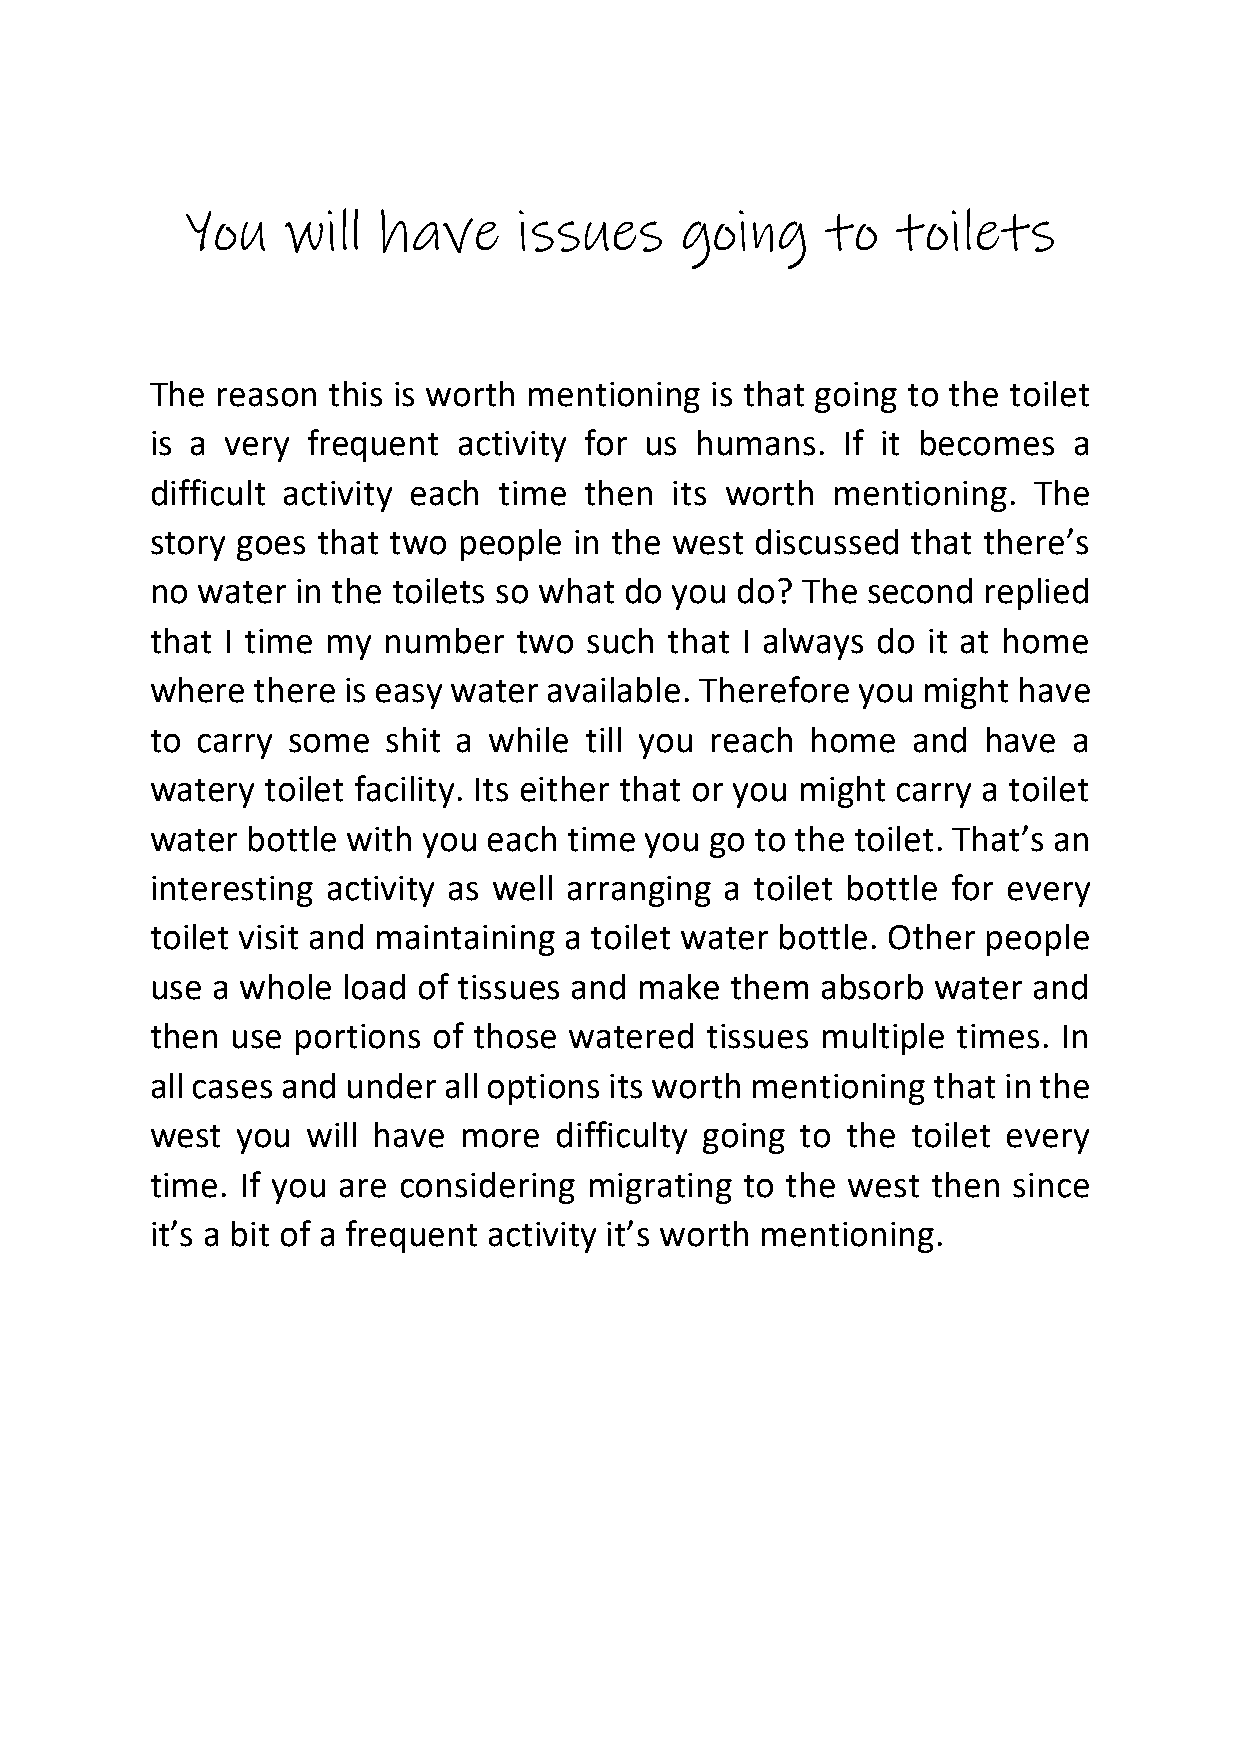
You    will  have     issues     going     to  toilets
 The reason  this is worth mentioning is that going to the toilet
 is a very frequent  activity for us humans.   If it becomes  a
 difficult activity each time then its worth  mentioning.  The
 story goes that two people  in the west discussed that there’s
 no water  in the toilets so what do you do? The second replied
 that I time my number   two  such that I always do it at home
 where  there is easy water available. Therefore you might have
 to carry some   shit a while till you reach home  and  have  a
 watery  toilet facility. Its either that or you might carry a toilet
 water bottle with you each  time you go to the toilet. That’s an
 interesting activity as well arranging a toilet bottle for every
 toilet visit and maintaining a toilet water bottle. Other people
 use a whole  load of tissues and make them  absorb  water and
 then use portions  of those watered  tissues multiple times. In
 all cases and under all options its worth mentioning that in the
 west  you will have more   difficulty going to the toilet every
 time. If you are considering migrating to the west  then since
 it’s a bit of a frequent activity it’s worth mentioning.